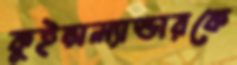
কুইন্সল্যান্ডারকে